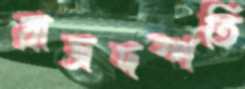
রাজদম্পতি